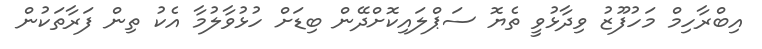
އިބްރާހިމް މަހުފޫޒު ވިދާޅުވީ ތެޔޮ ސަޕްލައިކޮށްދޭން ބިޑަށް ހުޅުވާލުމާ އެކު ތިން ފަރާތަކުން